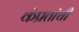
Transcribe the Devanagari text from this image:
कंप्रतांची